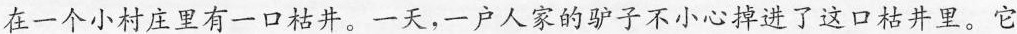
在一个小村庄里有一口枯井。一天，一户人家的驴子不小心掉进了这口枯井里。它